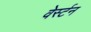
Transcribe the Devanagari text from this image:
वेर्स्टन